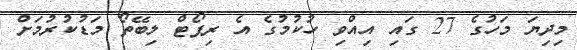
މިދިޔަ މަހުގެ 27 ގައި އިއްވި ހުކުމުގެ އެ ރިޕޯޓް ލިބޭތޯ މަޑުކުރުމަށް